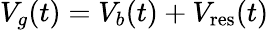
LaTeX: V_{g}(t)=V_{b}(t)+V_{\mathrm{res}}(t)